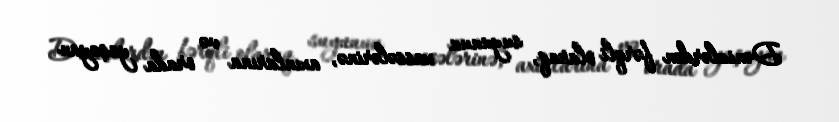
Dənizlərdən fərqli olaraq, suyunun xassələrinə, axınlarına və orada yaşayan